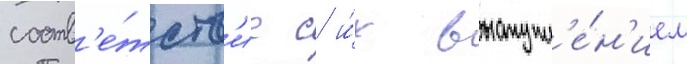
соотв'е́тств'ие с и́х выступл'е́н'ием